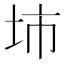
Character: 𡊔